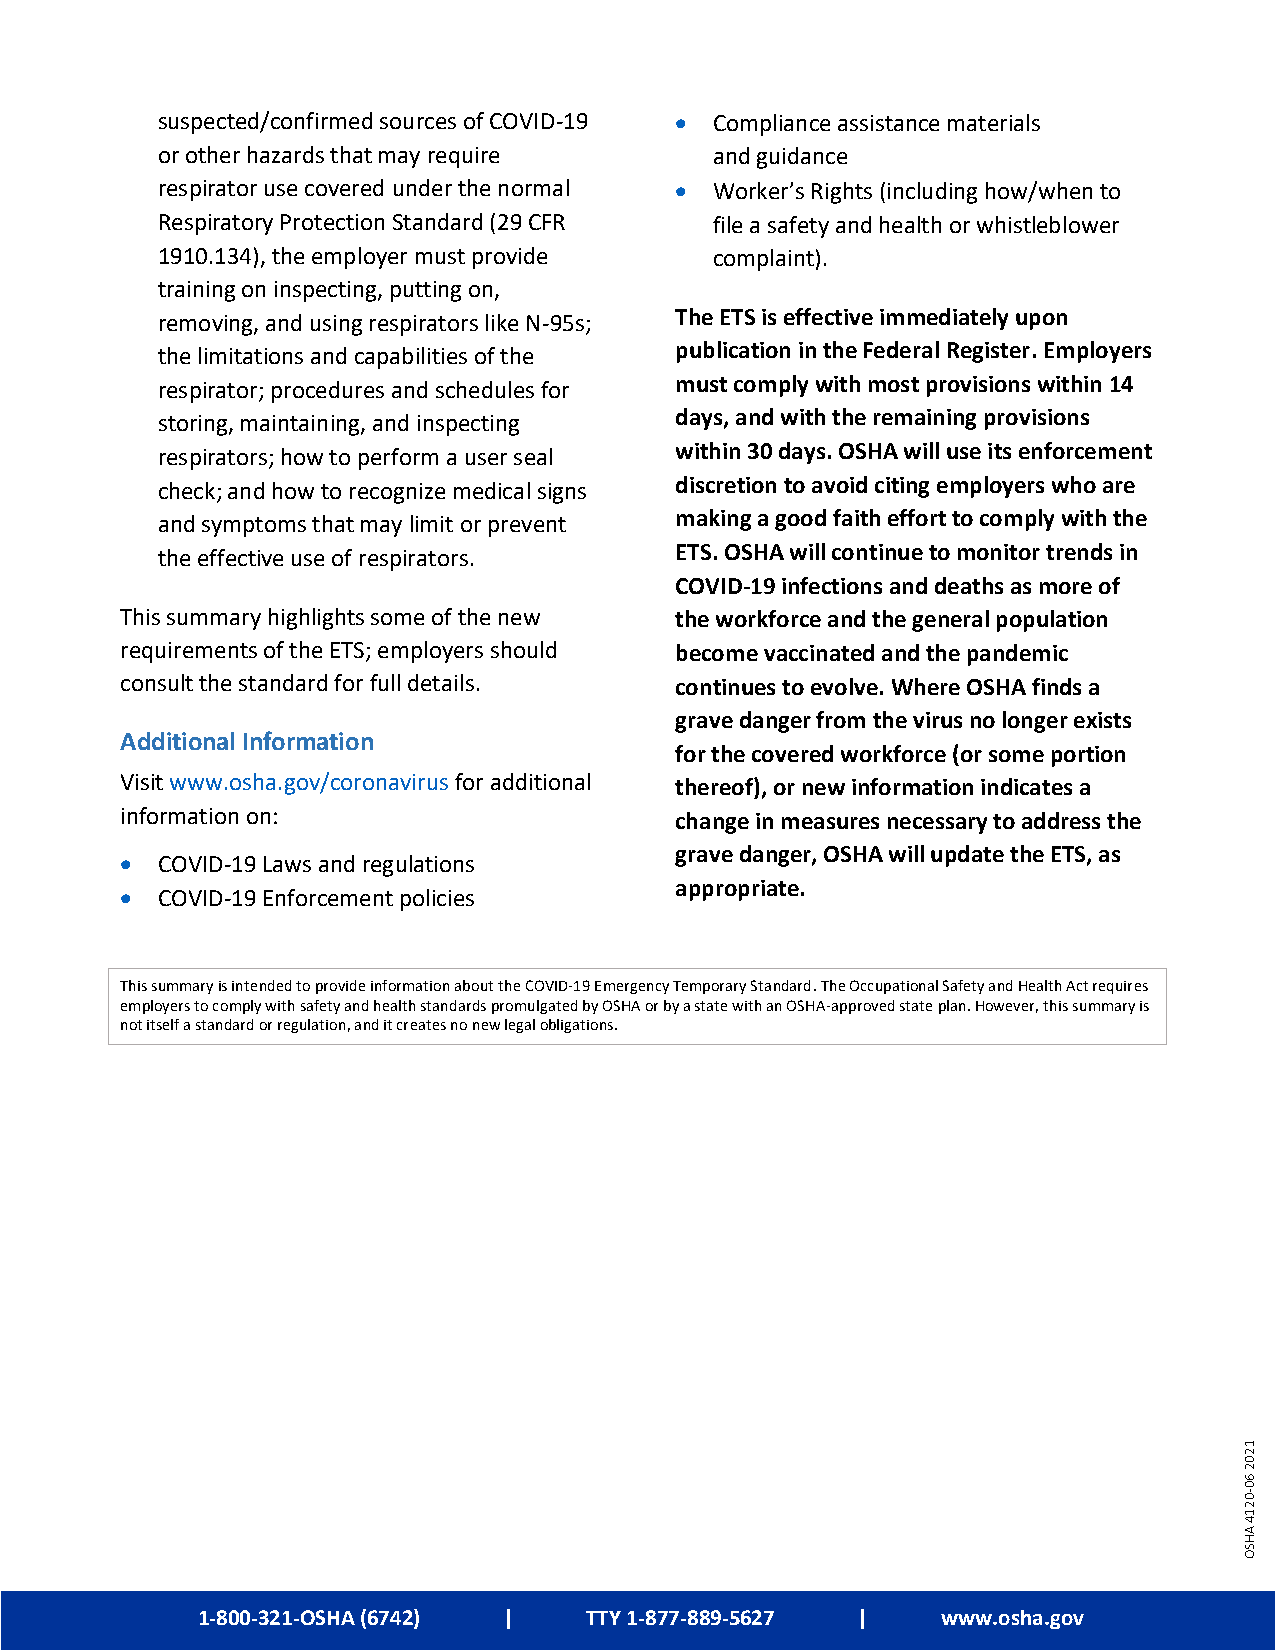
suspected/confirmed sources of COVID-19  Compliance assistance materials
 or other hazards that may require    and guidance
 respirator use covered under the normal  Worker’s Rights (including how/when to
 Respiratory Protection Standard (29 CFR file a safety and health or whistleblower
 1910.134), the employer must provide complaint).
 training on inspecting, putting on,
 removing, and using respirators like N-95s; The ETS is effective immediately upon
 the limitations and capabilities of the publication in the Federal Register. Employers
 respirator; procedures and schedules for must comply with most provisions within 14
 storing, maintaining, and inspecting days, and with the remaining provisions
 respirators; how to perform a user seal within 30 days. OSHA will use its enforcement
 check; and how to recognize medical signs discretion to avoid citing employers who are
 and symptoms that may limit or prevent making a good faith effort to comply with the
 the effective use of respirators.  ETS. OSHA will continue to monitor trends in
 COVID-19 infections and deaths as more of
 This summary highlights some of the new the workforce and the general population
 requirements of the ETS; employers should become vaccinated and the pandemic
 consult the standard for full details. continues to evolve. Where OSHA finds a
 grave danger from the virus no longer exists
 Additional Information
 for the covered workforce (or some portion
 Visit www.osha.gov/coronavirus for additional thereof), or new information indicates a
 information on:                      change in measures necessary to address the
 grave danger, OSHA will update the ETS, as
  COVID-19 Laws and regulations
 appropriate.
  COVID-19 Enforcement policies
 This summary is intended to provide information about the COVID-19 Emergency Temporary Standard. The Occupational Safety and Health Act requires
 employers to comply with safety and health standards promulgated by OSHA or by a state with an OSHA-approved state plan. However, this summary is
 not itself a standard or regulation, and it creates no new legal obligations.
 1-800-321-OSHA (6742) |   TTY 1-877-889-5627 |   www.osha.gov
 1202
 60-0214
 AHSO